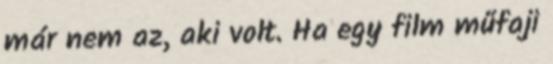
már nem az, aki volt. Ha egy film műfaji